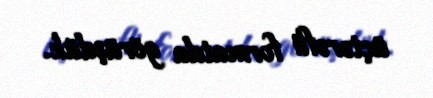
üçtərəfli formatda görüşdük.